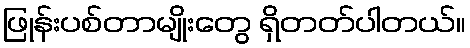
ဖြုန်းပစ်တာမျိုးတွေ ရှိတတ်ပါတယ်။